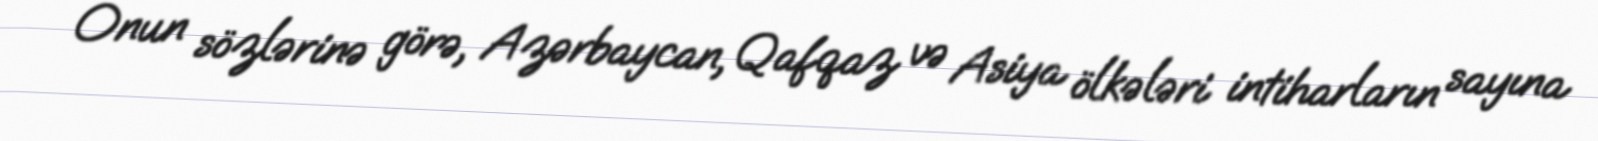
Onun sözlərinə görə, Azərbaycan, Qafqaz və Asiya ölkələri intiharların sayına